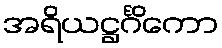
အရိယဋ္ဌင်္ဂိကော